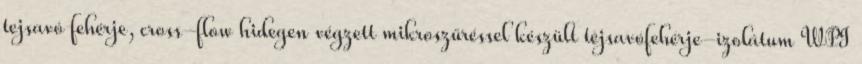
tejsavó fehérje, cross-flow hidegen végzett mikroszűréssel készült tejsavófehérje-izolátum WPI